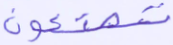
تصنعون